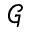
\mathcal { G }